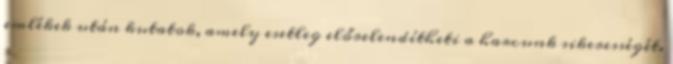
emlékek után kutatok, amely esetleg előrelendítheti a harcunk sikerességét.